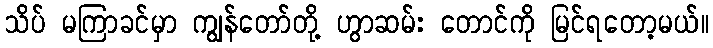
သိပ် မကြာခင်မှာ ကျွန်တော်တို့ ဟွာဆမ်း တောင်ကို မြင်ရတော့မယ်။